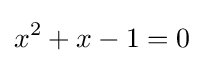
x^{2}+x-1=0